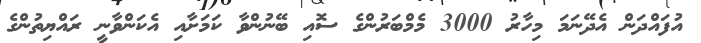
އުފައްދަން އެދޭނަމަ މިހާރު 3000 މެމްބަރުންގެ ސޮއި ބޭނުންވާ ކަމަށާއި އެކަންވާނީ ރައްޔިތުންގެ